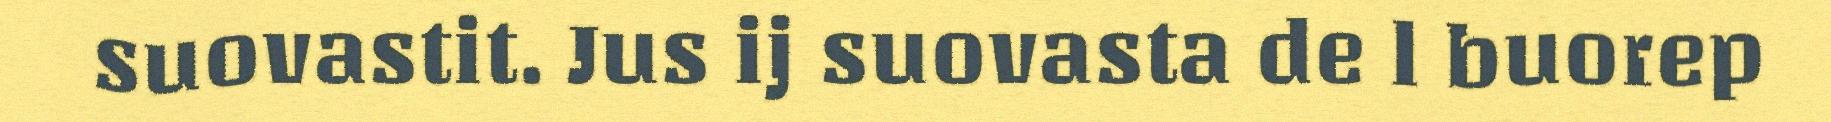
suovastit. Jus ij suovasta de l buorep